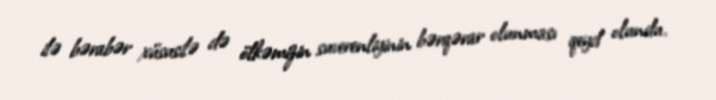
ilə bərabər xüsusilə də ölkəmizin suverenliyinin bərqərar olunması qeyd olundu.